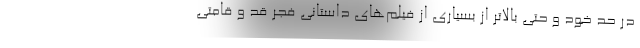
در حد خود و حتی بالاتر از بسیاری از فیلم‌های داستانی فجر قد و قامتی